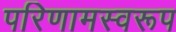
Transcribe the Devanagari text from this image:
परिणामस्वरूप